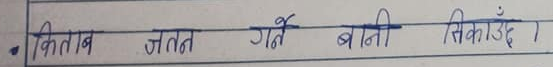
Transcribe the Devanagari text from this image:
किताब जतर्न गर्ने बाति सिकाउँ।